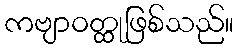
ကဗျာဝတ္ထုဖြစ်သည်။